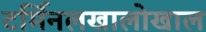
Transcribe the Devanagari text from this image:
टर्मिनलखालोखाल